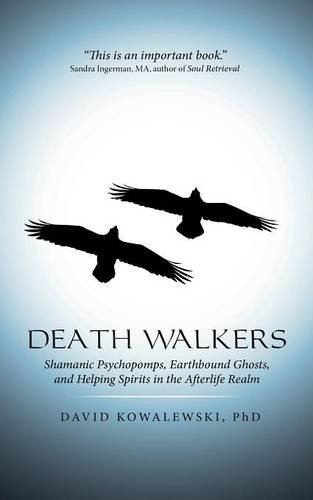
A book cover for Death Walkers: Shamanic Psychopomps, Earthbound Ghosts, and Helping Spirits in the Afterlife Realm; David Kowalewski PhD; Religion & Spirituality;